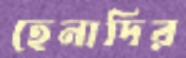
হেনাদির